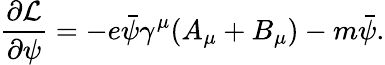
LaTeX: {\frac{\partial{\mathcal{L}}}{\partial\psi}}=-e{\bar{\psi}}\gamma^{\mu}(A_{\mu}+B_{\mu})-m{\bar{\psi}}.